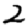
Digit: 2